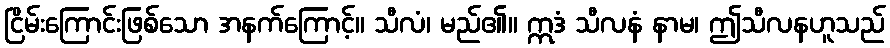
ငြိမ်းကြောင်းဖြစ်သော အနက်ကြောင့်။ သီလံ၊ မည်၏။ ဣဒံ သီလနံ နာမ၊ ဤသီလနဟူသည်